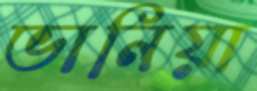
ভানিয়া